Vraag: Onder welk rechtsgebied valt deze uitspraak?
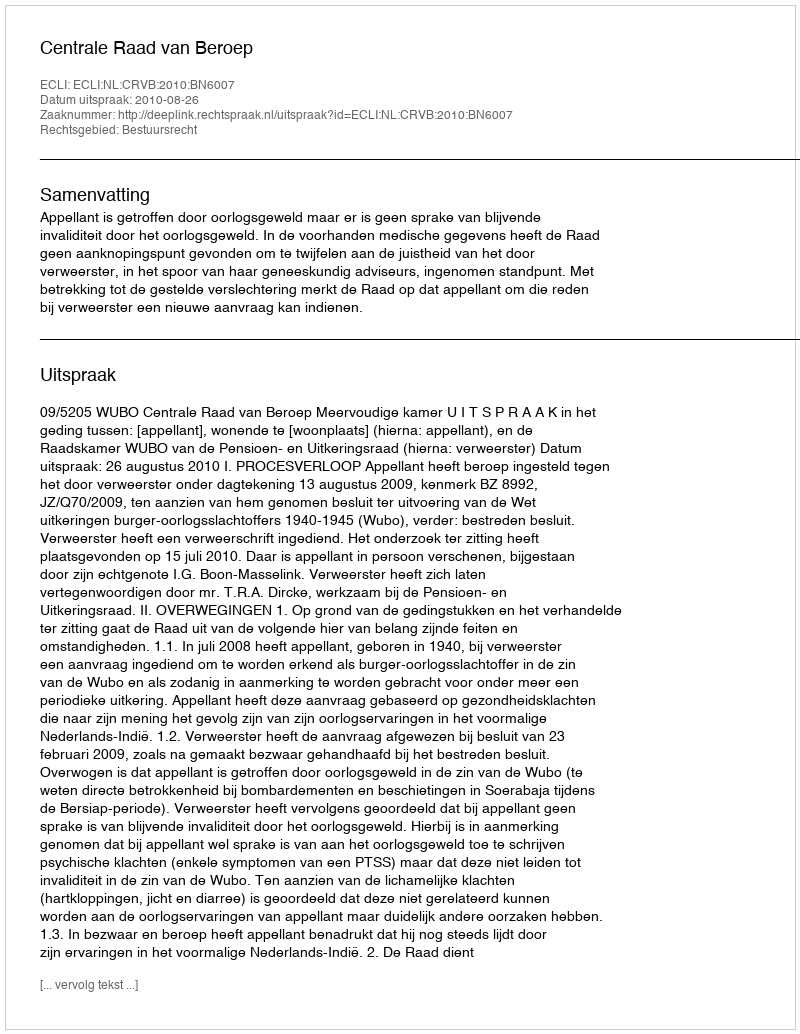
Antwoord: Bestuursrecht